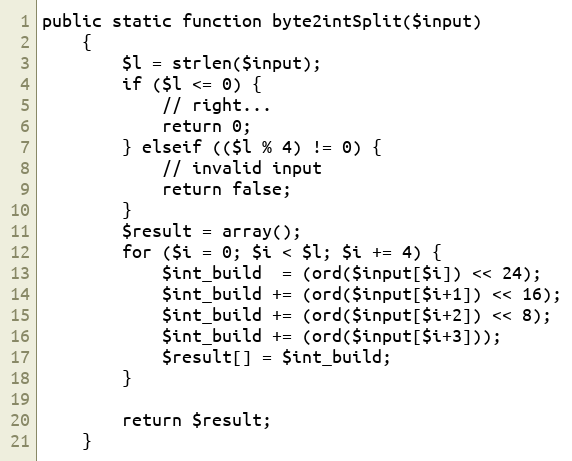
Language: PHP
public static function byte2intSplit($input)
    {
        $l = strlen($input);
        if ($l <= 0) {
            // right...
            return 0;
        } elseif (($l % 4) != 0) {
            // invalid input
            return false;
        }
        $result = array();
        for ($i = 0; $i < $l; $i += 4) {
            $int_build  = (ord($input[$i]) << 24);
            $int_build += (ord($input[$i+1]) << 16);
            $int_build += (ord($input[$i+2]) << 8);
            $int_build += (ord($input[$i+3]));
            $result[] = $int_build;
        }

        return $result;
    }